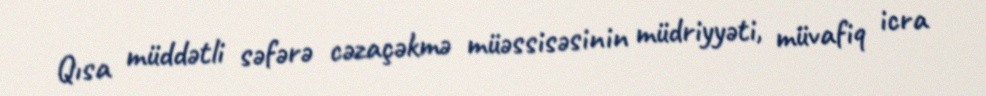
Qısa müddətli səfərə cəzaçəkmə müəssisəsinin müdriyyəti, müvafiq icra